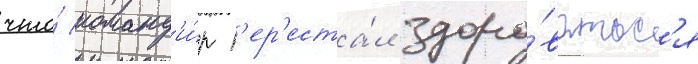
что́ команд'и́р п'ер'еста́л здоро́ватьс'я